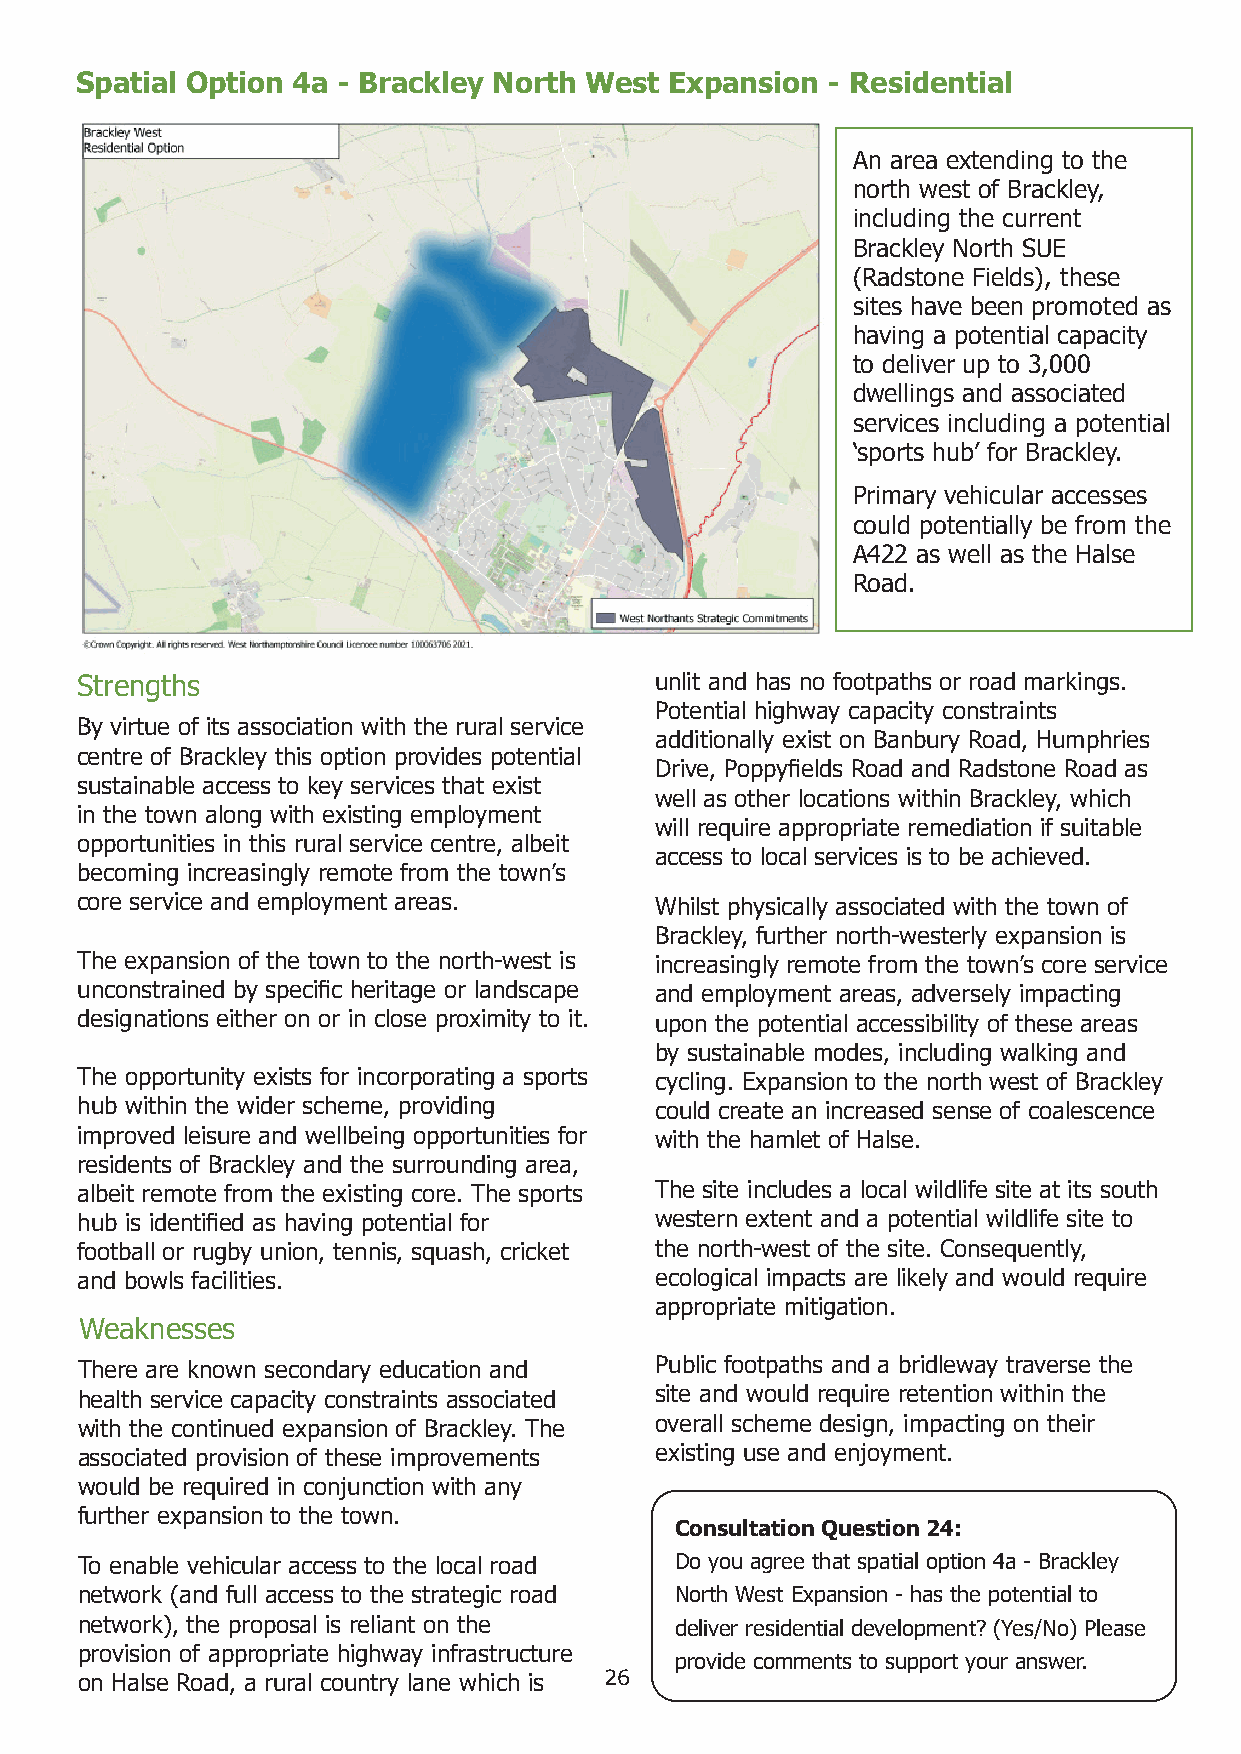
Spatial Option 4a - Brackley North West Expansion - Residential
 An area extending to the
 north west of Brackley,
 including the current
 Brackley North SUE
 (Radstone Fields), these
 sites have been promoted as
 having a potential capacity
 to deliver up to 3,000
 dwellings and associated
 services including a potential
 ‘sports hub’ for Brackley.
 Primary vehicular accesses
 could potentially be from the
 A422 as well as the Halse
 Road.
 Strengths                             unlit and has no footpaths or road markings.
 Potential highway capacity constraints
 By virtue of its association with the rural service
 additionally exist on Banbury Road, Humphries
 centre of Brackley this option provides potential
 Drive, Poppyfields Road and Radstone Road as
 sustainable access to key services that exist
 well as other locations within Brackley, which
 in the town along with existing employment
 will require appropriate remediation if suitable
 opportunities in this rural service centre, albeit
 access to local services is to be achieved.
 becoming increasingly remote from the town’s
 core service and employment areas.    Whilst physically associated with the town of
 Brackley, further north-westerly expansion is
 The expansion of the town to the north-west is increasingly remote from the town’s core service
 unconstrained by specific heritage or landscape and employment areas, adversely impacting
 designations either on or in close proximity to it. upon the potential accessibility of these areas
 by sustainable modes, including walking and
 The opportunity exists for incorporating a sports cycling. Expansion to the north west of Brackley
 hub within the wider scheme, providing could create an increased sense of coalescence
 improved leisure and wellbeing opportunities for with the hamlet of Halse.
 residents of Brackley and the surrounding area,
 albeit remote from the existing core. The sports The site includes a local wildlife site at its south
 hub is identified as having potential for western extent and a potential wildlife site to
 football or rugby union, tennis, squash, cricket the north-west of the site. Consequently,
 and bowls facilities.                 ecological impacts are likely and would require
 appropriate mitigation.
 Weaknesses
 There are known secondary education and Public footpaths and a bridleway traverse the
 health service capacity constraints associated site and would require retention within the
 with the continued expansion of Brackley. The overall scheme design, impacting on their
 associated provision of these improvements existing use and enjoyment.
 would be required in conjunction with any
 further expansion to the town.
 Consultation Question 24:
 To enable vehicular access to the local road Do you agree that spatial option 4a - Brackley
 network (and full access to the strategic road North West Expansion - has the potential to
 network), the proposal is reliant on the deliver residential development? (Yes/No) Please
 provision of appropriate highway infrastructure
 provide comments to support your answer.
 26
 on Halse Road, a rural country lane which is